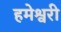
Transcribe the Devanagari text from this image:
हमेश्वरी